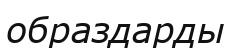
образдарды